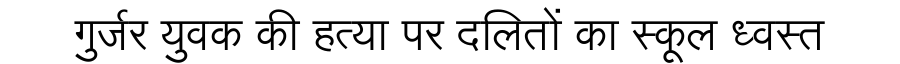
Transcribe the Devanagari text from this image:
गुर्जर युवक की हत्या पर दलितों का स्कूल ध्वस्त